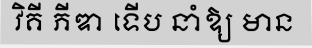
វិគី ភីឌា ទើប នាំឱ្យ មាន